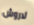
لاروش